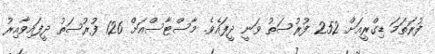
ފުރަތަމަ ޑިގްރީއަށް 252 ފުރުސަތު ވަނީ ދީފައެވެ. މާސްޓާސްއަށް 126 ފުރުސަތު ދީފައިވާއިރު